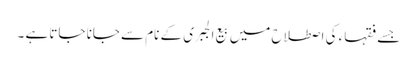
جسے فقہاء کی اصطلاح میں بیع الجبری کے نام سے جانا جاتا ہے ۔